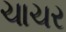
ચાચર